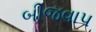
બીજવાપ